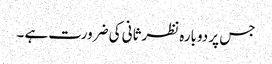
جس پر دوبارہ نظرثانی کی ضرورت ہے ۔